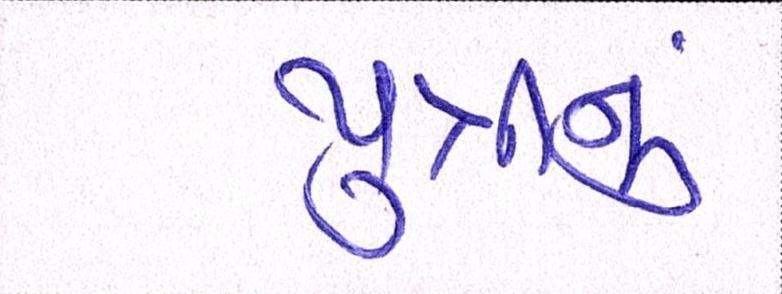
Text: પુત્રીનું